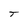
Character: T